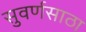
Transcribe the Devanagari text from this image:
सुवर्णसाठा